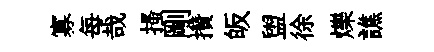
寡每哉搔剛攢皈盥徐爍譙